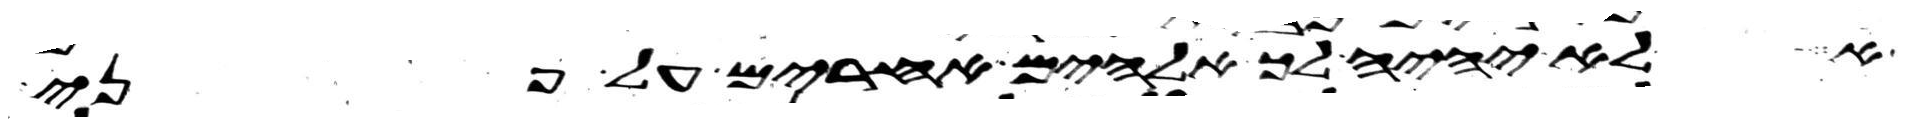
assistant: לא יהיה לך אלהים אחרים על פני